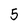
Character: 5